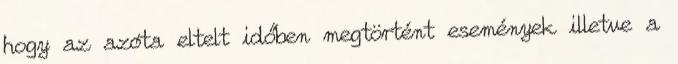
hogy az azóta eltelt időben megtörtént események illetve a